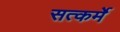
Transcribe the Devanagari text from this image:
सत्कर्मे